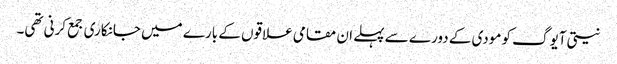
نیتی آیوگ کو مودی کے دورے سے پہلے ان مقامی علاقوں کے بارے میں جانکاری جمع کرنی تھی۔